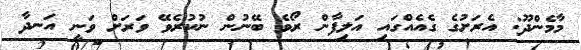
މާމެންދޫ: އެރަށުގެ ގެއެއްގައި އަލިފާން ރޯވެ ބޭނުން ނުކުރެވޭ ވަރަށް ވަނީ އަނދާ